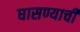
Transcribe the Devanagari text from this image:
घासण्याची